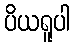
ပိယရူပါ